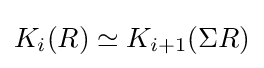
K_{i}(R)\simeq K_{i+1}(\Sigma R)